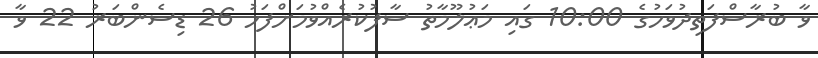
ވާ ބުރާސްފަތިދުވަހުގެ 10:00 ގައި މަޢުލޫމާތު ސާފުކުރެއްވުމަށްފަހު 26 ޑިސެންބަރު 22 ވާ